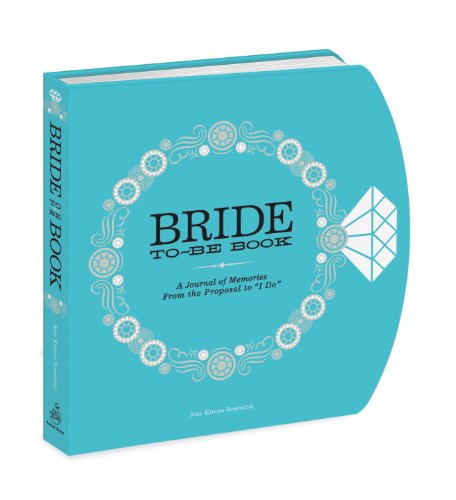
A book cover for The Bride-to-Be Book: A Journal of Memories From the Proposal to "I Do"; Amy Krouse Rosenthal; Crafts, Hobbies & Home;